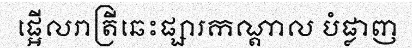
ផ្អើលរាត្រីឆេះផ្សារកណ្តាល បំផ្លាញ